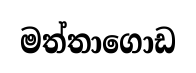
මත්තාගොඩ